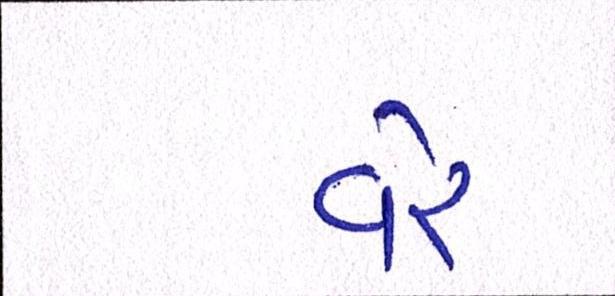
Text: વેર